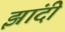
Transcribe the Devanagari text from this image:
झांदी